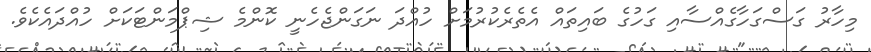
މިހާރު ގަސްގަހާގެއްސާއި ގަހުގެ ބައިތައް އެތެރެކުރުމަށް ހުއްދަ ނަގަންޖެހެނީ ކޮންމެ ޝިޕްމަންޓަކަށް ހުއްދައެކެވެ.